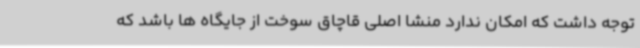
توجه داشت که امکان ندارد منشا اصلی قاچاق سوخت از جایگاه ها باشد که